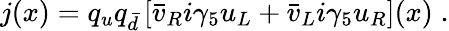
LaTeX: j(x)=q_{u}q_{\bar{d}}\left[\bar{v}_{R}i\gamma_{5}u_{L}+\bar{v}_{L}i\gamma_{5}u_{R}\right](x)\; .